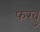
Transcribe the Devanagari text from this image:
फरवु